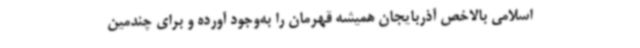
اسلامی بالاخص آذربایجان همیشه قهرمان را به‌وجود آورده و برای چندمین